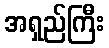
အရှည်ကြီး